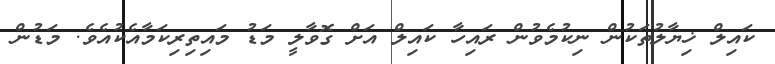
ކައިލް ޚިޔާލުތަކުން ނިކުމެވުން ރައިހާ ކައިލް އަށް ގޮވާލީ މަޑު މައިތިރިކަމާއެކުއެވެ. މަޑުން